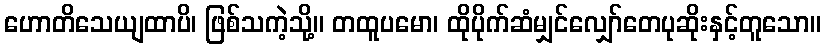
ဟောတိသေယျထာပိ၊ ဖြစ်သကဲ့သို့။ တထူပမော၊ ထိုပိုက်ဆံမျှင်လျှော်တေပုဆိုးနှင့်တူသော။